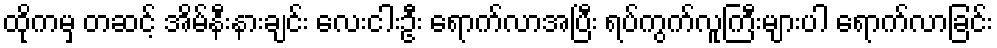
ထိုကမှ တဆင့် အိမ်နီးနားချင်း လေးငါးဦး ရောက်လာအပြီး ရပ်ကွက်လူကြီးများပါ ရောက်လာခြင်း